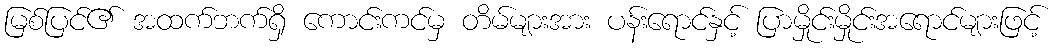
မြစ်ပြင်၏ အထက်ဘက်ရှိ ကောင်းကင်မှ တိမ်များအား ပန်းရောင်နှင့် ပြာမှိုင်းမှိုင်းအရောင်များဖြင့်